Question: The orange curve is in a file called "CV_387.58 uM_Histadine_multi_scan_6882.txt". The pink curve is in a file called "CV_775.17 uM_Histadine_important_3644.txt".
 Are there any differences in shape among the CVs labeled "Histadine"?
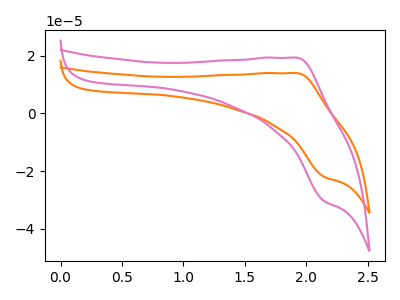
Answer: <think>The orange curve "Histadine_387.58 uM" has an anodic peak at (1.90V, 14.05uA) and a cathodic peak at (2.15V, -22.00uA). The pink curve "Histadine_775.17 uM" has an anodic peak at (1.90V, 19.40uA) and a cathodic peak at (2.15V, -30.40uA).
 All the peaks in "Histadine_387.58 uM" have a peak in "Histadine_775.17 uM" at the same potential. Every peak in "Histadine_387.58 uM" is lower than every peak in "Histadine_775.17 uM".</think>
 <answer>All the CV's of "Histadine" have similar shape.</answer>
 <eval>follow_rule</eval>